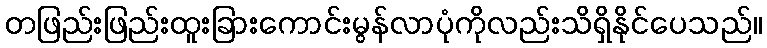
တဖြည်းဖြည်းထူးခြားကောင်းမွန်လာပုံကိုလည်းသိရှိနိုင်ပေသည်။